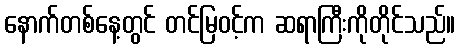
နောက်တစ်နေ့တွင် တင်မြဝင့်က ဆရာကြီးကိုတိုင်သည်။